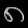
Digit: ၈